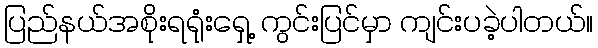
ပြည်နယ်အစိုးရရုံးရှေ့ ကွင်းပြင်မှာ ကျင်းပခဲ့ပါတယ်။